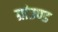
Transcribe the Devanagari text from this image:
ग्रांउण्ड